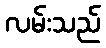
လမ်းသည်